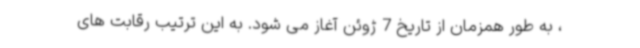
، به طور همزمان از تاریخ 7 ژوئن آغاز می شود. به این ترتیب رقابت های